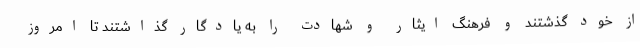
از خود گذشتند و فرهنگ ایثار و شهادت را به یادگار گذاشتند تا امروز